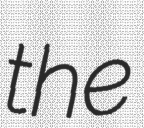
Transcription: the